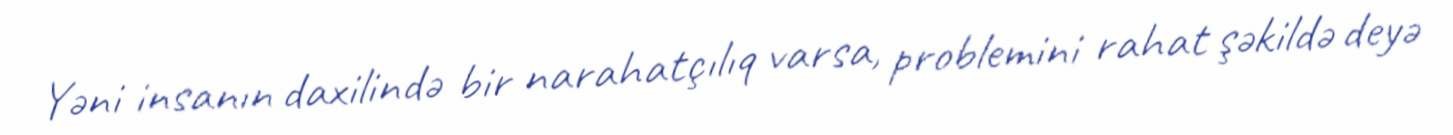
Yəni insanın daxilində bir narahatçılıq varsa, problemini rahat şəkildə deyə